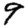
Digit: 9